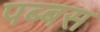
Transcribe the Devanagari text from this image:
पब्बस